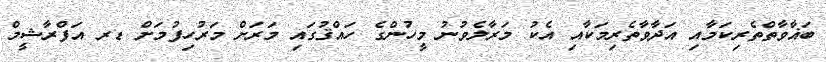
ބަޣާވާތްތެރިކަމާއި އަދާވާތެރިމަކާއި އެކު މަރާލެވުނު މީހުންގެ ހައްޤުގައި މަރަށް މަރުހިފުމަށް ޑރ އަފްރާޝީމް